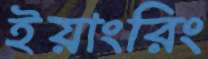
ইয়াংরিং